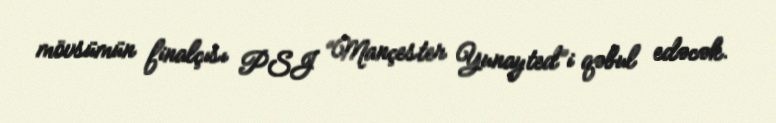
mövsümün finalçısı PSJ “Mançester Yunayted”i qəbul edəcək.